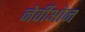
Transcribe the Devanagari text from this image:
नेर्वीओन